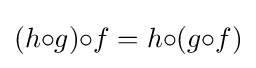
(h{\circ }g){\circ }f=h{\circ }(g{\circ }f)